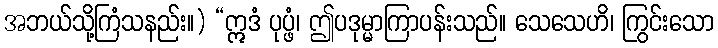
အဘယ်သို့ကြံသနည်း။) “ဣဒံ ပုပ္ဖံ၊ ဤပဒုမ္မာကြာပန်းသည်။ သေသေဟိ၊ ကြွင်းသော